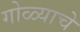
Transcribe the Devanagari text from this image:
गोळ्याचे